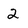
Character: 2